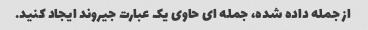
از جمله داده شده، جمله ای حاوی یک عبارت جیروند ایجاد کنید.